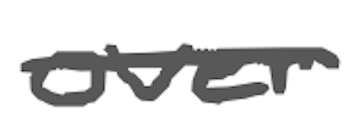
Text: over
Cross-out: mix
Writing tool: digital_gray